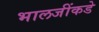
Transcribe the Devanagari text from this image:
भालजींकडे